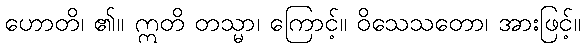
ဟောတိ၊ ၏။ ဣတိ တသ္မာ၊ ကြောင့်။ ဝိသေသတော၊ အားဖြင့်။